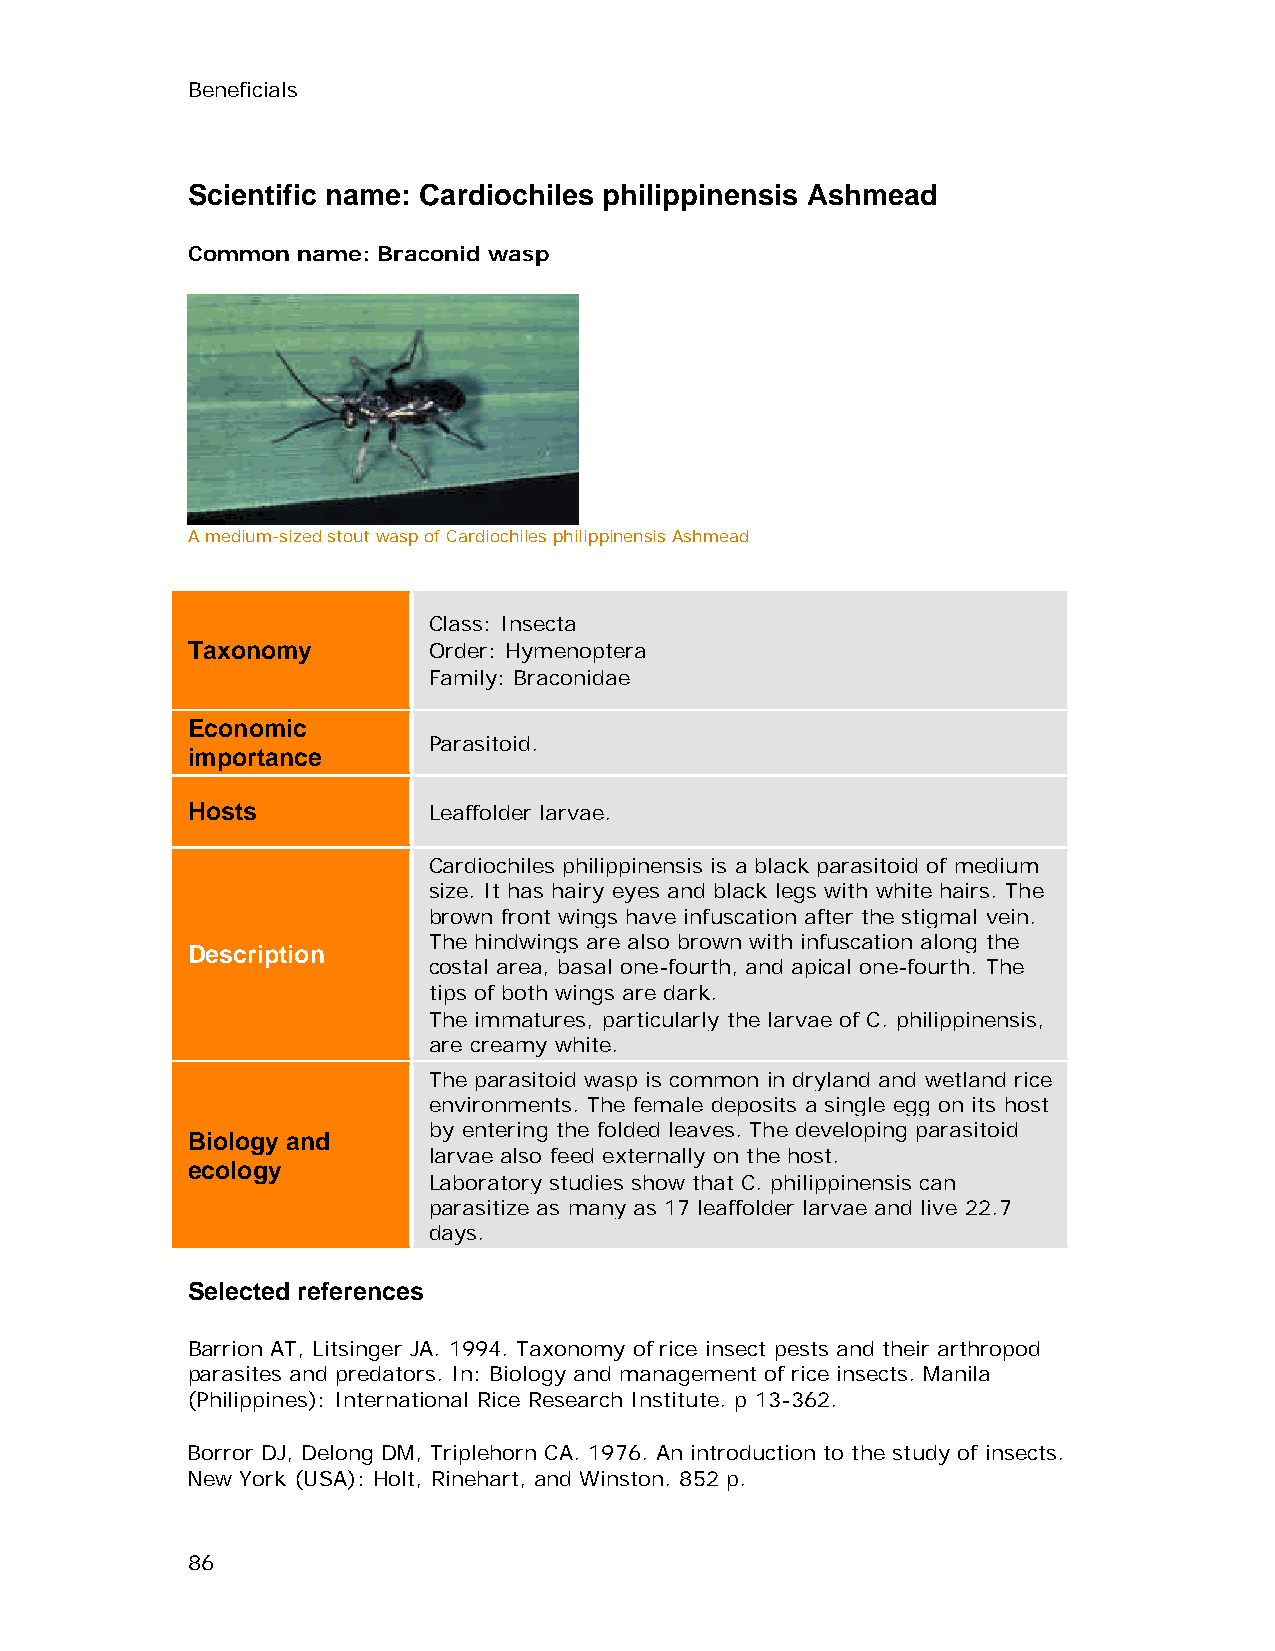
Beneficials
 Scientific name: Cardiochiles philippinensis Ashmead
 Common  name: Braconid wasp
 A medium-sized stout wasp of Cardiochiles philippinensis Ashmead
 Class: Insecta
 Taxonomy        Order: Hymenoptera
 Family: Braconidae
 Economic
 Parasitoid.
 importance
 Hosts           Leaffolder larvae.
 Cardiochiles philippinensis is a black parasitoid of medium
 size. It has hairy eyes and black legs with white hairs. The
 brown front wings have infuscation after the stigmal vein.
 The hindwings are also brown with infuscation along the
 Description
 costal area, basal one-fourth, and apical one-fourth. The
 tips of both wings are dark.
 The immatures, particularly the larvae of C. philippinensis,
 are creamy white.
 The parasitoid wasp is common in dryland and wetland rice
 environments. The female deposits a single egg on its host
 by entering the folded leaves. The developing parasitoid
 Biology and
 larvae also feed externally on the host.
 ecology
 Laboratory studies show that C. philippinensis can
 parasitize as many as 17 leaffolder larvae and live 22.7
 days.
 Selected references
 Barrion AT, Litsinger JA. 1994. Taxonomy of rice insect pests and their arthropod
 parasites and predators. In: Biology and management of rice insects. Manila
 (Philippines): International Rice Research Institute. p 13-362.
 Borror DJ, Delong DM, Triplehorn CA. 1976. An introduction to the study of insects.
 New York (USA): Holt, Rinehart, and Winston. 852 p.
 86